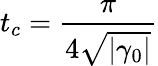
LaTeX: t_{c}=\frac{\pi}{4\sqrt{|\gamma_{0}|}}